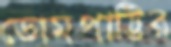
ডোমপাট্টির